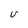
Character: V